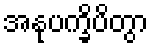
အနုပက္ခိပိတွာ